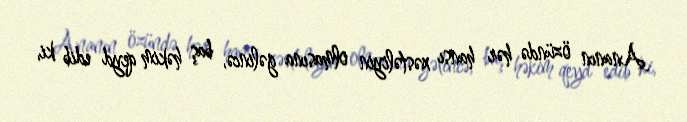
Ananın özündə hər hansı xəstəliyin olmasına gəlincə, baş həkim qeyd edib ki,